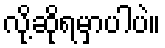
လို့ဆိုရမှာပါပဲ။